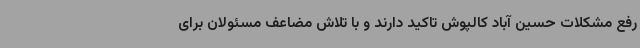
رفع مشکلات حسین آباد کالپوش تاکید دارند و با تلاش مضاعف مسئولان برای